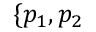
\{ p _ { 1 } , p _ { 2 }